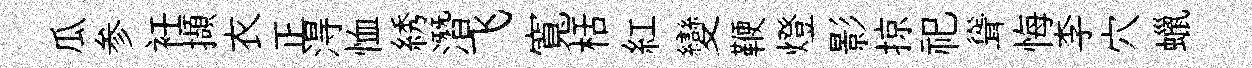
瓜参衽擷衣正淂恤綉潛飞寬栝紅變鞭燈影掠祀聳悔李穴蠟